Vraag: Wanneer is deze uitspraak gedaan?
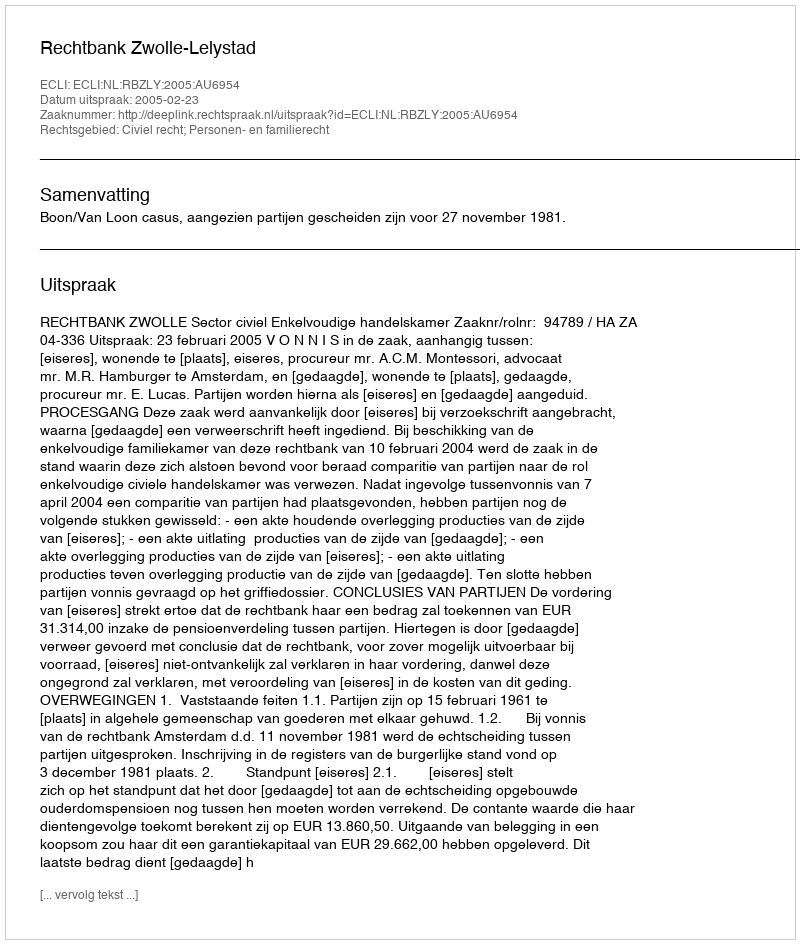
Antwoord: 2005-02-23